Document type: Sale
Year: 1423
Scribe: Joan Franc
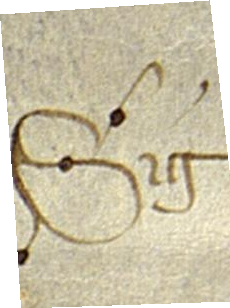
Sig